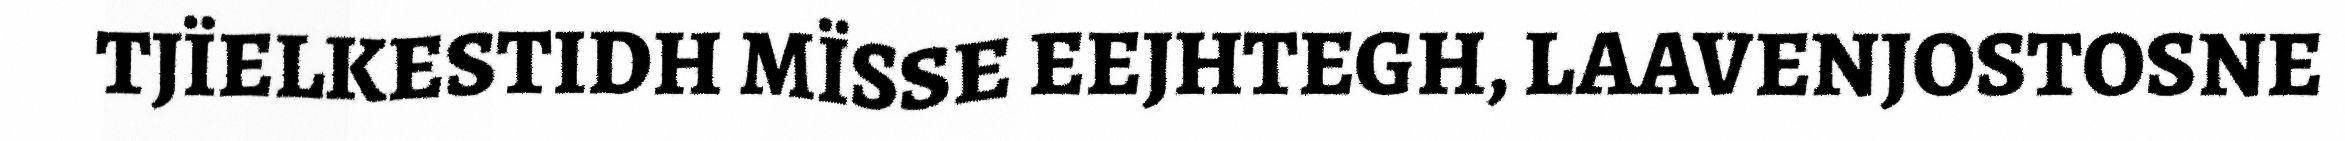
TJÏELKESTIDH MÏSSE EEJHTEGH, LAAVENJOSTOSNE